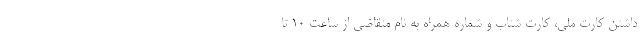
داشتن کارت ملی، کارت شتاب و شماره همراه به نام متقاضی از ساعت ۱۰ تا